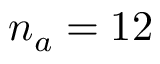
n _ { a } = 1 2